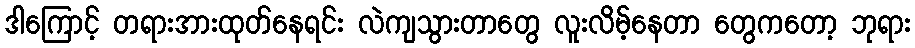
ဒါကြောင့် တရားအားထုတ်နေရင်း လဲကျသွားတာတွေ လူးလိမ့်နေတာ တွေကတော့ ဘုရား